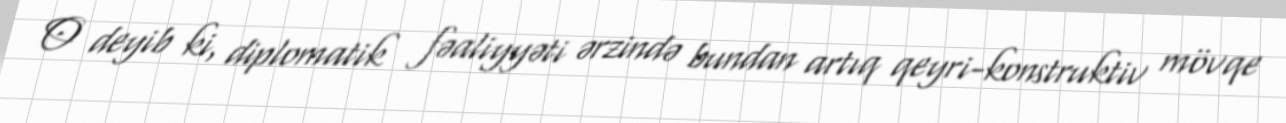
O deyib ki, diplomatik fəaliyyəti ərzində bundan artıq qeyri-konstruktiv mövqe